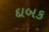
દાબક